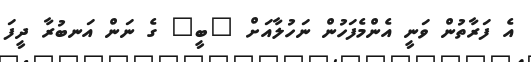
އެ ފަރާތުން ވަނީ އެންމެފަހުން ނަހުލާއަށް "ބީ" ގެ ނަން އަނބުރާ ދީފަ